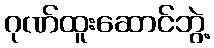
ဂုဏ်ထူးဆောင်ဘွဲ့